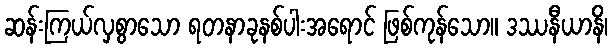
ဆန်းကြယ်လှစွာသော ရတနာခုနစ်ပါးအရောင် ဖြစ်ကုန်သော။ ဒဿနီယာနိ၊